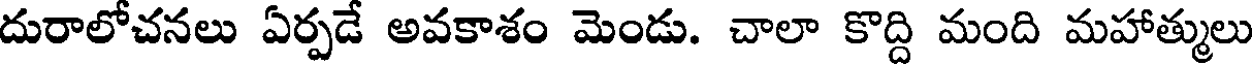
దురాలోచనలు ఏర్పడే అవకాశం మెండు. చాలా కొద్ది మంది మహాత్ములు